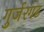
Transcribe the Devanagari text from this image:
गुर्जरगढ